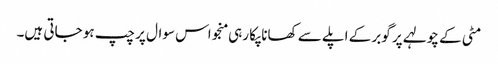
مٹی کے چولہے پر گوبر کے اپلے سے کھانا پکا رہی منجو اس سوال پر چپ ہو جاتی ہیں۔